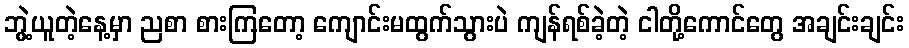
ဘွဲ့ယူတဲ့နေ့မှာ ညစာ စားကြတော့ ကျောင်းမထွက်သွားပဲ ကျန်ရစ်ခဲ့တဲ့ ငါတို့ကောင်တွေ အချင်းချင်း